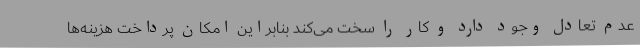
عدم تعادل وجود دارد و کار را سخت می‌کند بنابراین امکان پرداخت هزینه‌ها